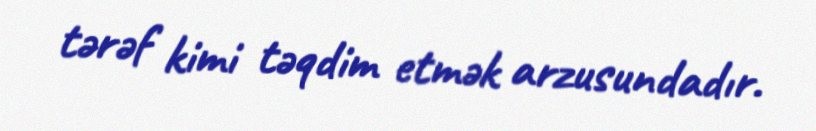
tərəf kimi təqdim etmək arzusundadır.